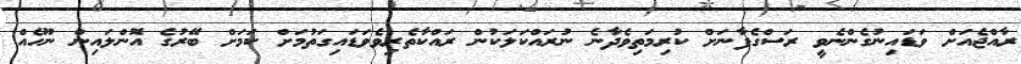
ރާއްޖެއަށް ވަޑައިނުގެންނެވީ ރަސްގެފާނަށް ކުރިމަތިވެދާނެ ނުރައްކަލަކުން ރައްކާތެރިވެވަޑައިގަތުމަށް ކަމަށް ބޭރުގެ އޮންލައިން ނޫހެއް